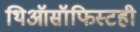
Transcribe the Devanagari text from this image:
थिऑसॉफिस्टही